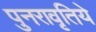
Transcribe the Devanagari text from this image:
पुनरावृतिये